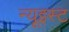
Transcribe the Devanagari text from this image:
न्यूइस्ट